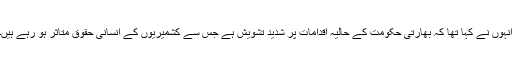
انہوں نے کہا تھا کہ بھارتی حکومت کے حالیہ اقدامات پر شدید تشویش ہے جس سے کشمیریوں کے انسانی حقوق متاثر ہو رہے ہیں۔